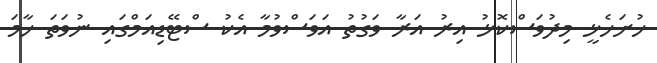
ހުށަހެޅީ މިދުވަސްކޮޅު އިރު އަރާ ވަގުތު އަވަސްވުމާ އެކު ސްޓޭޑިއަމްގައި ނުވަތަ ހާމަ